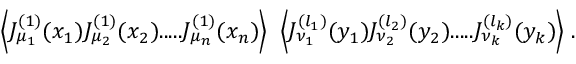
\Big \langle J _ { \mu _ { 1 } } ^ { ( 1 ) } ( x _ { 1 } ) J _ { \mu _ { 2 } } ^ { ( 1 ) } ( x _ { 2 } ) . . . . . J _ { \mu _ { n } } ^ { ( 1 ) } ( x _ { n } ) \Big \rangle \; \; \Big \langle J _ { \nu _ { 1 } } ^ { ( l _ { 1 } ) } ( y _ { 1 } ) J _ { \nu _ { 2 } } ^ { ( l _ { 2 } ) } ( y _ { 2 } ) . . . . . J _ { \nu _ { k } } ^ { ( l _ { k } ) } ( y _ { k } ) \Big \rangle \; .